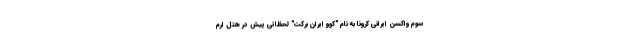
سوم واکسن ایرانی کرونا به نام "کوو ایران برکت" لحظاتی پیش در هتل ارم